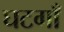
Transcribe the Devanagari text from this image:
घटगाँ